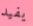
يفيد